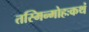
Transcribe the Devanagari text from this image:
तस्मिन्मोहःकथं